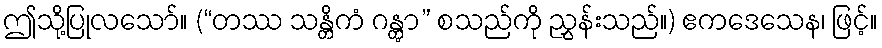
ဤသို့ပြုလသော်။ (“တဿ သန္တိကံ ဂန္တွာ” စသည်ကို ညွှန်းသည်။) ဧကဒေသေန၊ ဖြင့်။